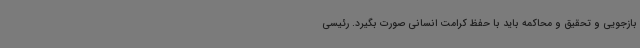
بازجویی و تحقیق و محاکمه باید با حفظ کرامت انسانی صورت بگیرد. رئیسی